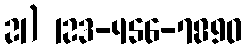
21) 123-456-7890